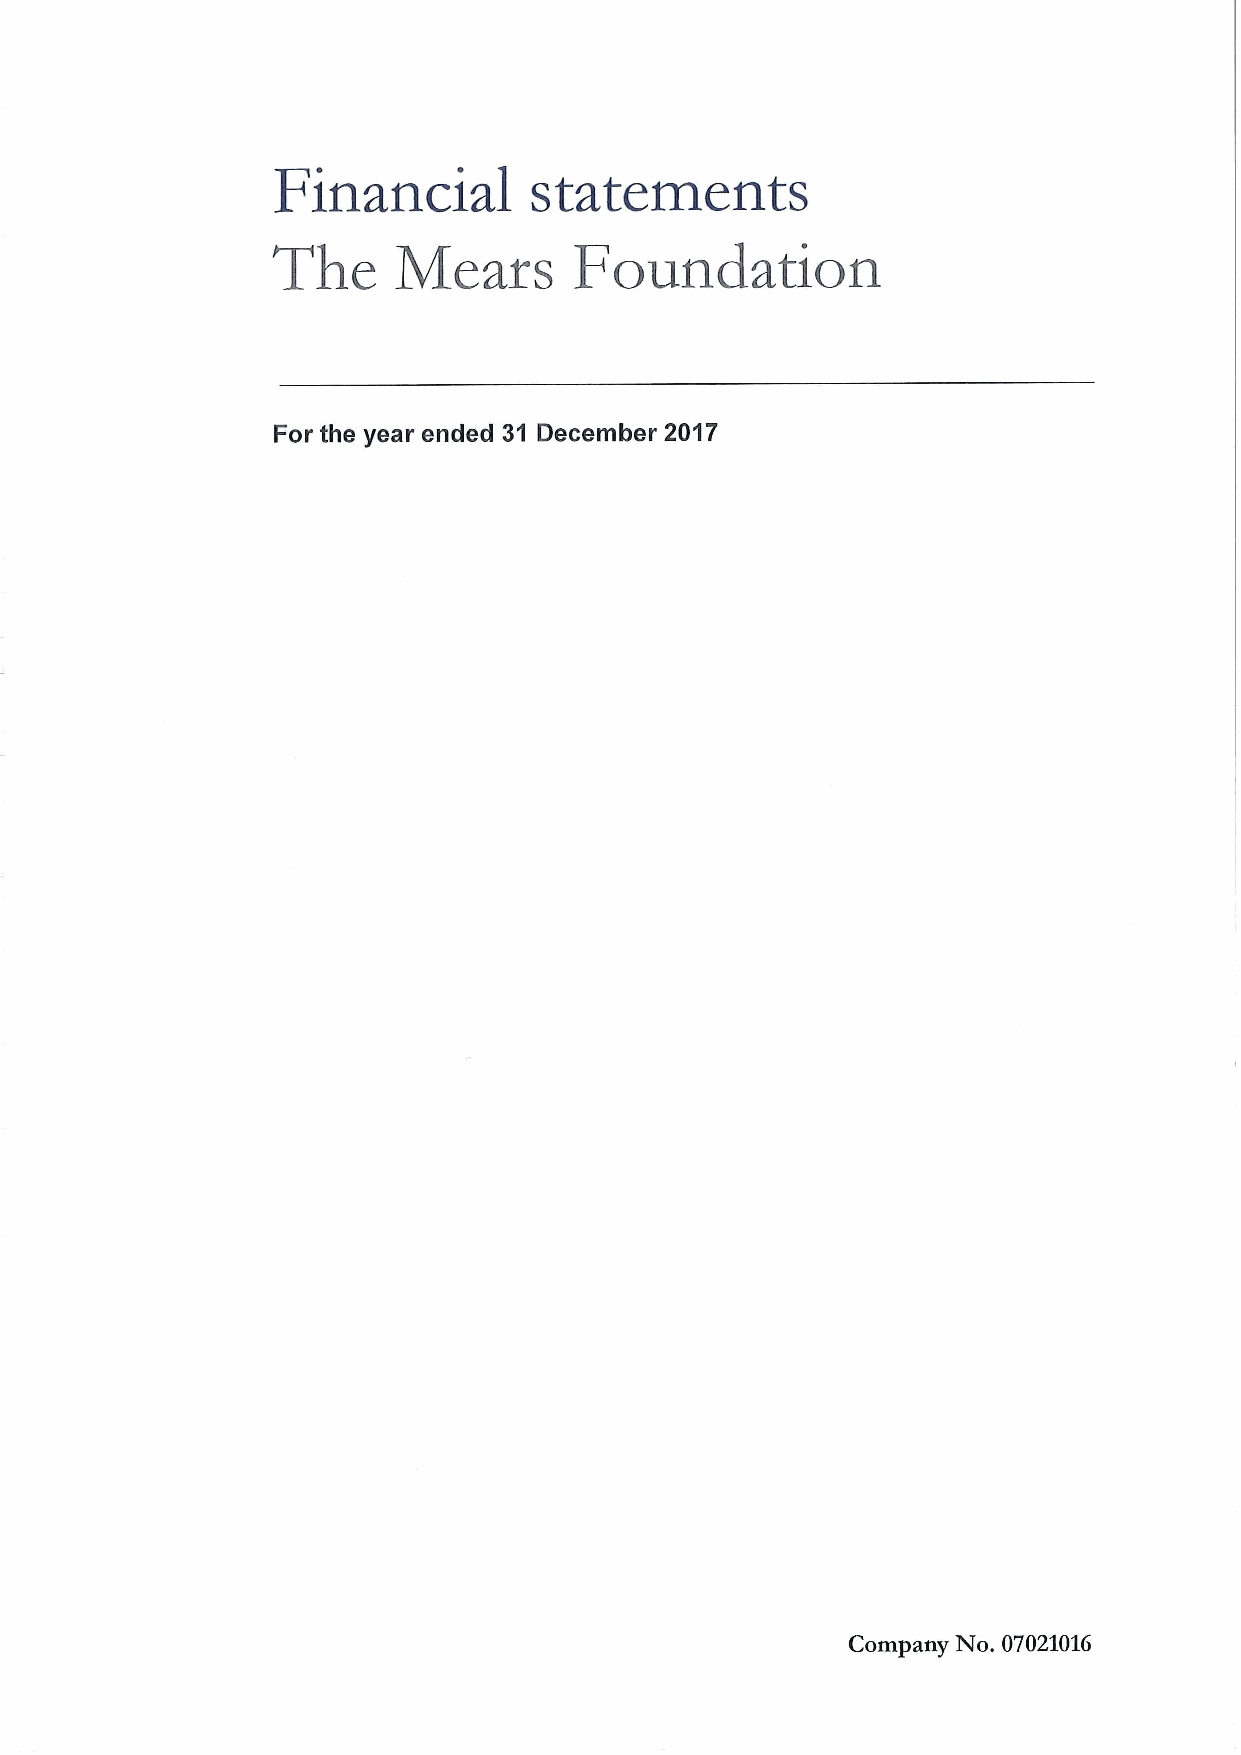
Financial        statements
 The     Meats       Foundation
 For the year ended 31 December 2017
 Company No. 07021016